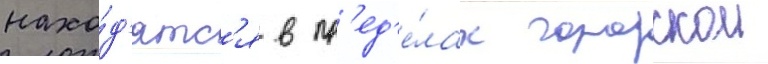
нахо́д'ятс'я в пр'ед'е́лах городскои